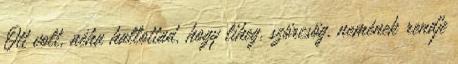
Ott volt, néha hallottad, hogy liheg, szörcsög, nemének rendje